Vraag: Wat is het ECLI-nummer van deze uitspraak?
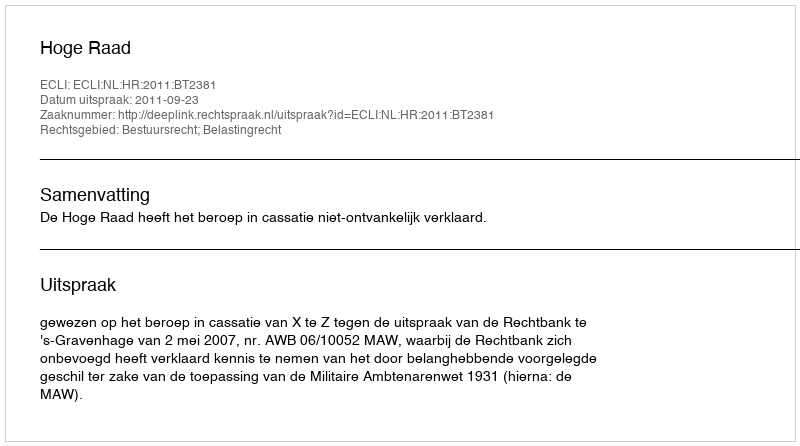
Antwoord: ECLI:NL:HR:2011:BT2381